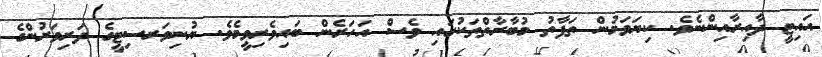
އައިޓީ ދާއިރާއިންނެވެ. ކިޔަވަމުން ތަފާތު މުބާރާތްތަކުގައި ވެސް އަހަރެން ބައިވެރިވީމެވެ. ޔުނިވަރސިޓީގެ ދަރިވަރުންގެ